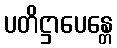
ပတိဋ္ဌာပေန္တေ